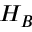
H _ { B }